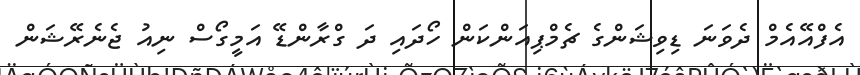
އެފްއޭއެމް ދެވަނަ ޑިވިޝަންގެ ޗެމްޕިއަންކަން ހޯދައި ދަ ގްރާންޑޭ އަމީގޯސް ނިއު ޖެނެރޭޝަން